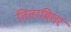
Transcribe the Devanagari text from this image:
तितरबितर